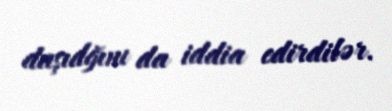
daşıdğını da iddia edirdilər.